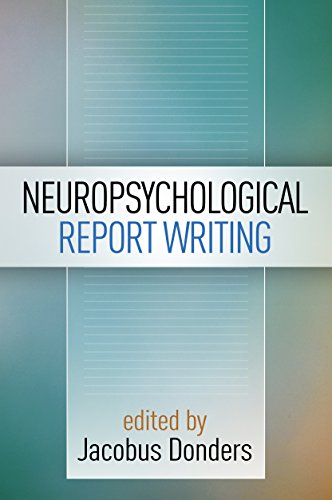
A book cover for Neuropsychological Report Writing (Evidence-Based Practice in Neuropsychology); Law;